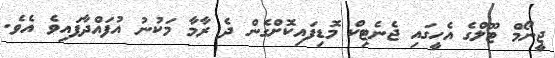
ޖީނޯމް ޓޫލްގެ އެހީގައި ޖެނެޓިކް މޮޑިފައިކޮށްގެން ދެ ރާމާ މަކުނު އުފައްދާފައިވެ އެވެ.